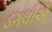
ડગલીએ